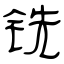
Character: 铣